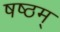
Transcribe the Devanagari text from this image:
षष्ठम्‌